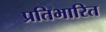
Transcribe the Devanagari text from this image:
प्रतिभारित